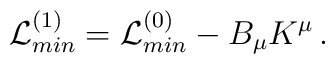
{\cal L}_{min}^{(1)} = {\cal L}_{min}^{(0)} - B_\mu K^\mu\, .